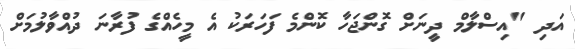
އަދި "އިސްލާމް ދީނަށް ގޮންޖަހާ ކޮންމެ ފަހަރަކު އެ މީހެއްގެ ފުރާނަ ދުއްވާލުމަށް